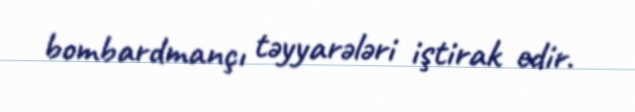
bombardmançı təyyarələri iştirak edir.